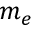
m _ { e }